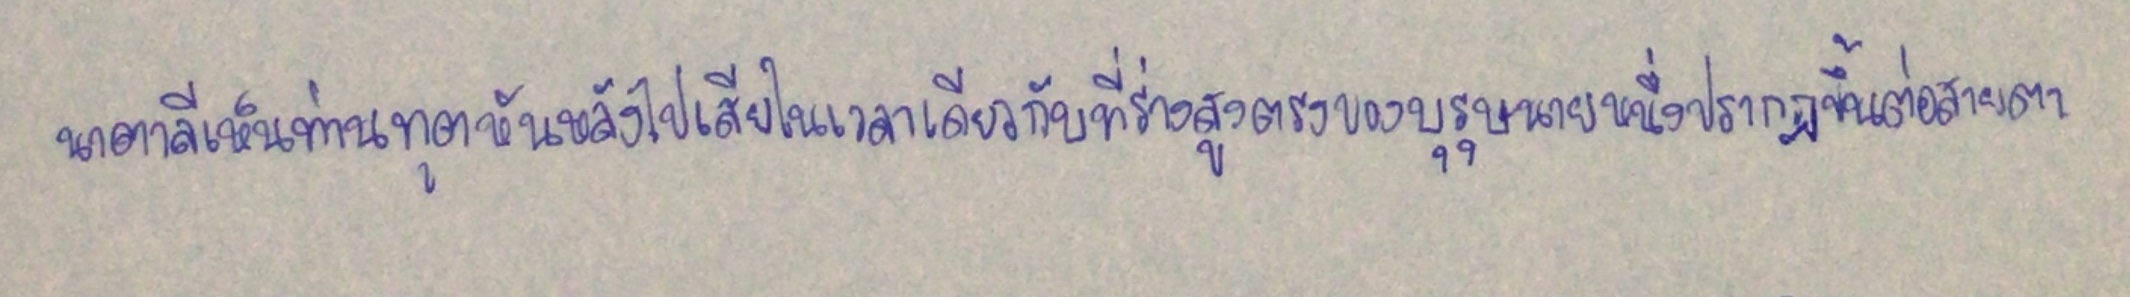
นาตาลีเห็นท่านทูตหันหลังไปเสียในเวลาเดียวกับที่ร่างสูงตรงของบุรุษนายหนึ่งปรากฏขึ้นต่อสายตา